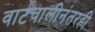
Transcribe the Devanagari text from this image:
वाटचालीनंतरही